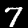
Label: 7